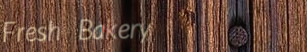
Fresh Bakery